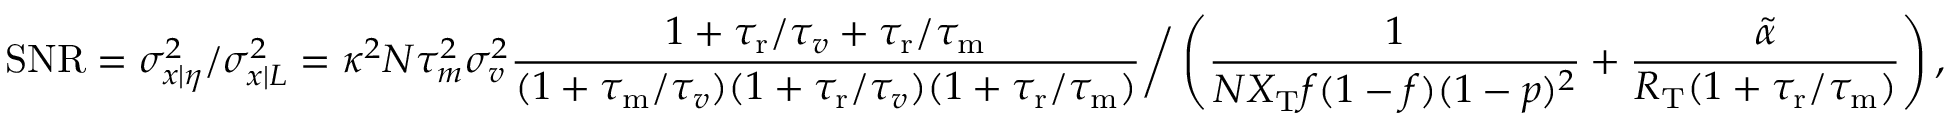
\mathrm { S N R } = \sigma _ { x | \eta } ^ { 2 } / \sigma _ { x | L } ^ { 2 } = \kappa ^ { 2 } N \tau _ { m } ^ { 2 } \sigma _ { v } ^ { 2 } \frac { 1 + { \tau _ { \mathrm { r } } } / { \tau _ { v } } + { \tau _ { \mathrm { r } } } / { \tau _ { \mathrm { m } } } } { ( 1 + { \tau _ { \mathrm { m } } } / { \tau _ { v } } ) ( 1 + { \tau _ { \mathrm { r } } } / \tau _ { v } ) ( 1 + { \tau _ { \mathrm { r } } } / { \tau _ { \mathrm { m } } } ) } \bigg / \left( \frac { 1 } { N X _ { \mathrm { T } } f ( 1 - f ) ( 1 - p ) ^ { 2 } } + \frac { \tilde { \alpha } } { R _ { \mathrm { T } } ( 1 + { \tau _ { \mathrm { r } } } / { \tau _ { \mathrm { m } } } ) } \right) ,